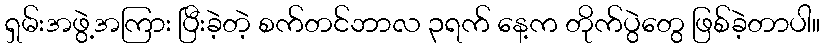
ရှမ်းအဖွဲ့အကြား ပြီးခဲ့တဲ့ စက်တင်ဘာလ ၃ရက် နေ့က တိုက်ပွဲတွေ ဖြစ်ခဲ့တာပါ။